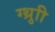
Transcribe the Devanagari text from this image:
ग्थ्रुाी